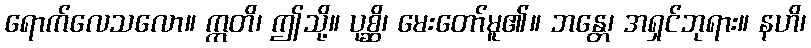
ရောက်လေသလော။ ဣတိ၊ ဤသို့။ ပုစ္ဆိ၊ မေးတော်မူ၏။ ဘန္တေ၊ အရှင်ဘုရား။ နဟိ၊